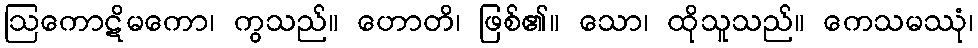
ဩကောဋိမကော၊ ကွသည်။ ဟောတိ၊ ဖြစ်၏။ သော၊ ထိုသူသည်။ ကေသမဿုံ၊